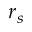
r _ { s }